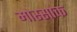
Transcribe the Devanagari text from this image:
मोस्साक